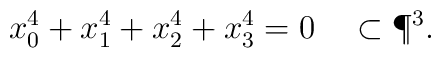
x_0^4+x_1^4+x_2^4+x_3^4=0\quad\subset\P^3.